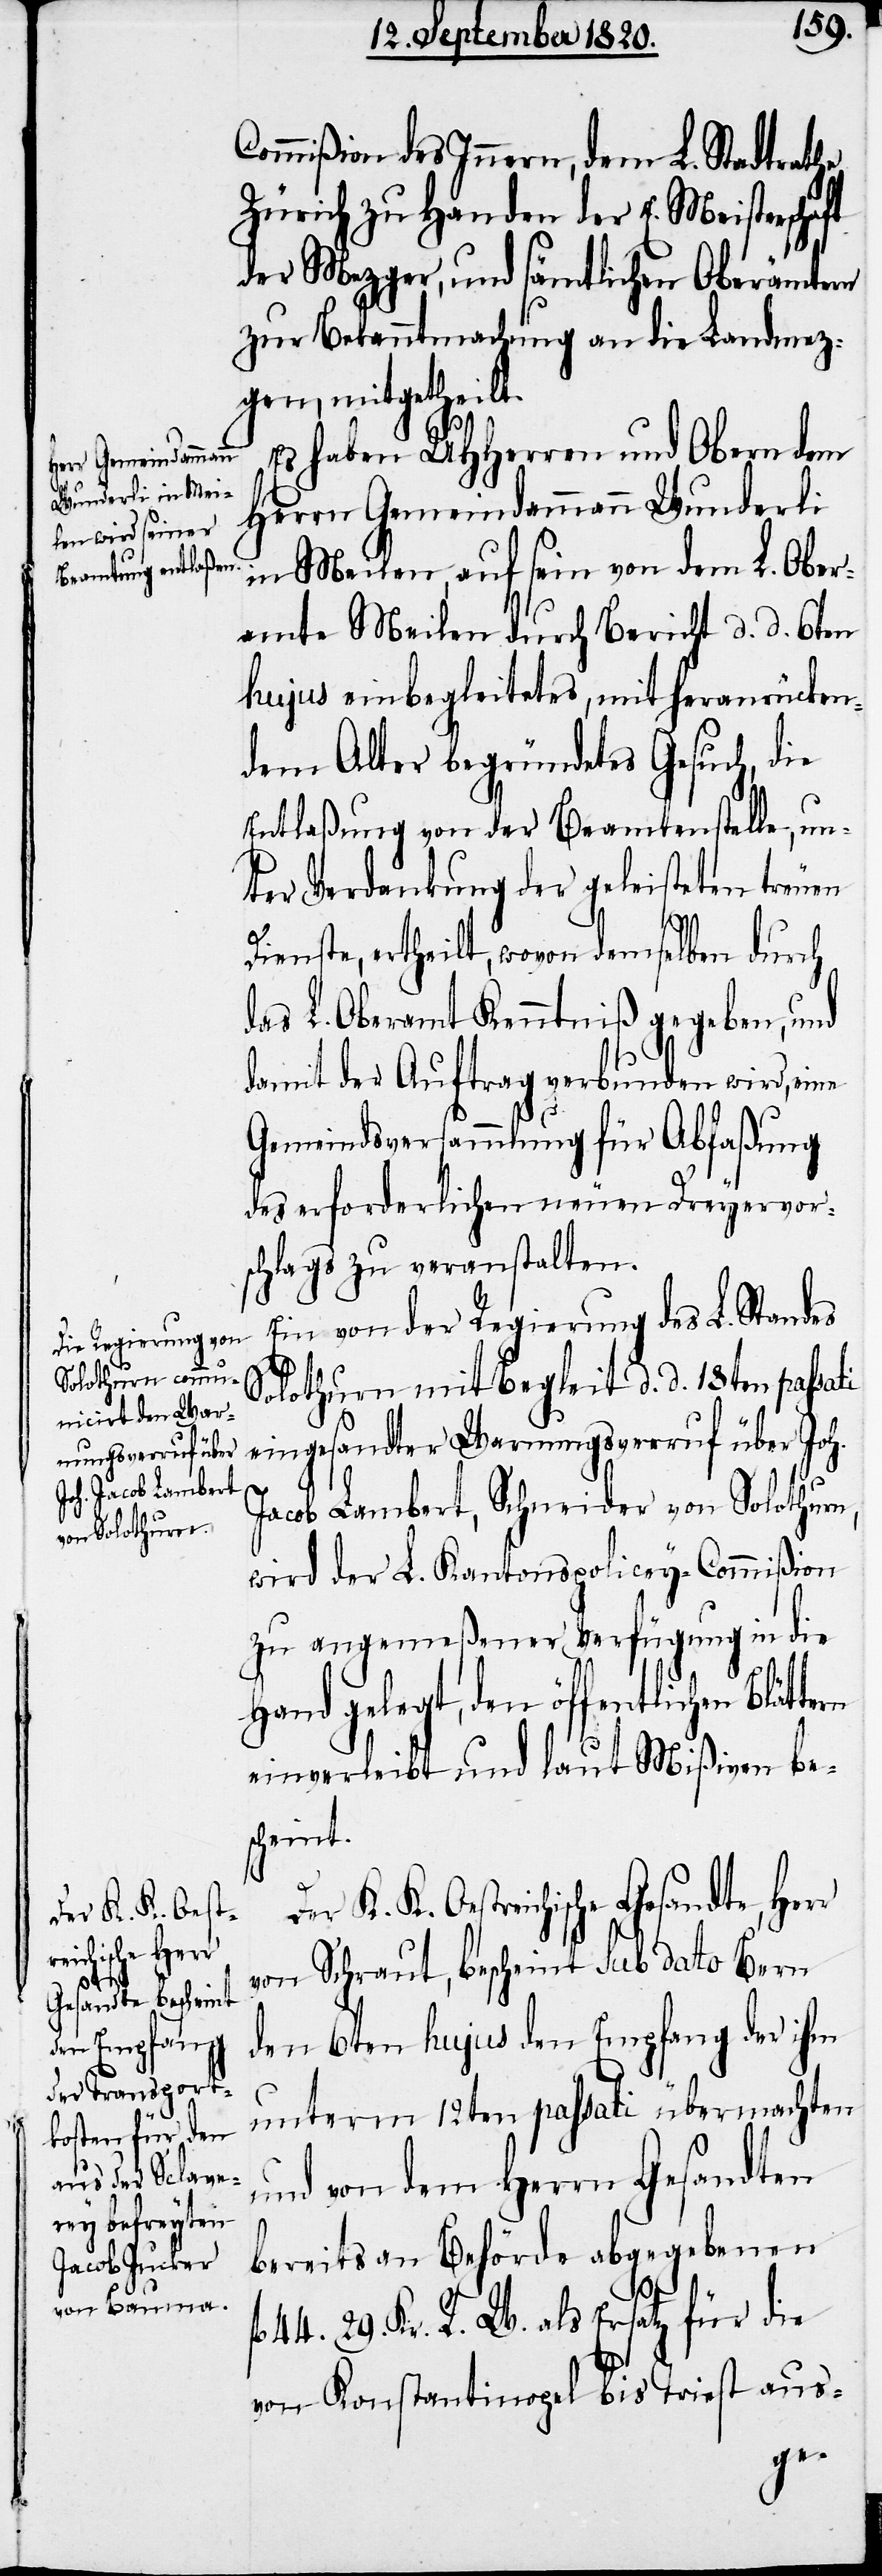
ti

Commißion des Innern, dem L. Stadtrathe
Zürich zu Handen der E. Meisterschaft
der Mezger, und sämtlichen Oberämtern
zur Bekanntmachung an die Landmez¬
gen, mitgetheilt.
Es haben UHHerren und Obern dem
Herrn Gemeindammann Wunderli
in Meilen, auf sein von dem L. Ober¬
amte Meilen durch Bericht d. d. 6ten
hujus einbegleitetes, mit heranrücken¬
dem Alter begründetes Gesuch, die
Entlaßung von der Beamtenstelle, un¬
ter Verdankung der geleisteten treuen
tern
Dienste, ertheilt, wovon demselben durch
das L. Oberamt Kenntniß gegeben, und
damit der Auftrag verbunden wird, eine
Gemeindsversammlung für Abfaßung
des erforderlichen neuen Dreyervors¬
chlages zu veranstalten.
Ein von der Regierung des L. Standes
Solothurn mit Begleit d. d. 18ten passa¬
eingesandter Warnungsverruf über Joh.
Jacob Lambert, Schneider von Solothurn,
wird der L. Kantonspolicey-Commißion
zu angemeßener Verfügung in die
Hand gelegt, den öffentlichen Blät¬
einverleibt und laut Mißiven bes¬
cheint.
Der K. K. Oestreichische Gesandte, Herr
von Schraut, bescheint sub dato Bern
den 6ten hujus den Empfang der ihm
unterm 12ten passati übermachten
und von dem Herrn Gesandten
bereits an Behörde abgegebenen
44. 29. Kr. R. W. als Ersatz für die
von Konstantinopel bis Triest aus-